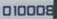
010008